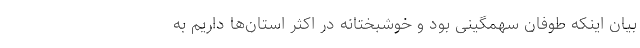
بیان اینکه طوفان سهمگینی بود و خوشبختانه در اکثر استان‌ها داریم به